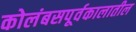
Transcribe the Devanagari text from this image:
कोलंबसपूर्वकालातील